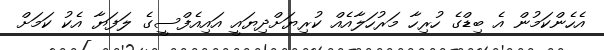
އެހެންކަމުން އެ ބިޑްގެ ހުރިހާ މަރުހަލާއެއް ކުރިޔަށްދިޔައީ އައިއެފްސީގެ ލަފަޔާ އެކު ކަމަށް